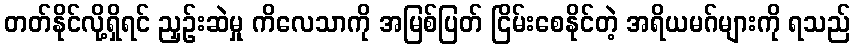
တတ်နိုင်လို့ရှိရင် ညှဉ်းဆဲမှု ကိလေသာကို အမြစ်ပြတ် ငြိမ်းစေနိုင်တဲ့ အရိယမဂ်များကို ရသည်